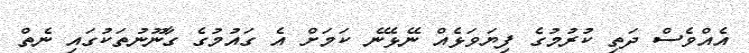
އެއްވެސް ދަތި ކުރުމުގެ ފިޔަވަޅެއް ނޭޅޭނެ ކަމަށް އެ ގައުމުގެ ގާނޫނުތަކުގައި ނެތް